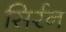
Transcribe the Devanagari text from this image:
सिर्रन